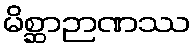
မိစ္ဆာဉာဏဿ